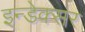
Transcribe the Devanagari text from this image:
इन्डेक्सर